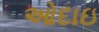
ઓદાઇ